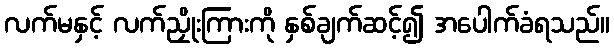
လက်မနှင့် လက်ညှိုးကြားကို နှစ်ချက်ဆင့်၍ အပေါက်ခံရသည်။